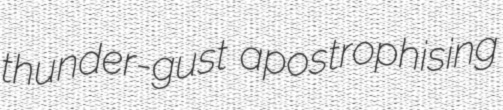
thunder-gust apostrophising